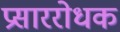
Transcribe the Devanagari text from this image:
प्रसाररोधक